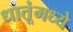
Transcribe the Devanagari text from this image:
धातूंमध्ये